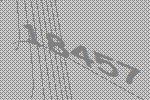
18457